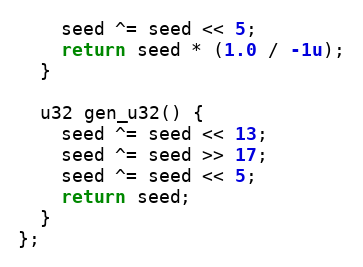
Language: C++
    seed ^= seed << 5;
    return seed * (1.0 / -1u);
  }

  u32 gen_u32() {
    seed ^= seed << 13;
    seed ^= seed >> 17;
    seed ^= seed << 5;
    return seed;
  }
};